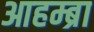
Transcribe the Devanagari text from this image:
आहम्ब्रा